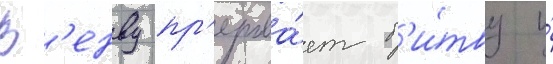
В'енву пр'ерыва́ет б'и́тву и́